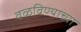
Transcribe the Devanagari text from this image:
वळविण्याच्या